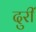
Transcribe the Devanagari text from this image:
दुरीं